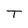
Character: T